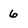
Character: 6